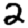
Digit: 2